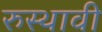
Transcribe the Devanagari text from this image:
रुस्थावी